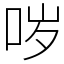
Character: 哕